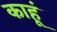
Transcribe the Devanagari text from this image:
काहूं